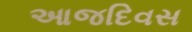
આજદિવસ